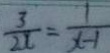
\frac { 3 } { 2 x } = \frac { 1 } { x - 1 }